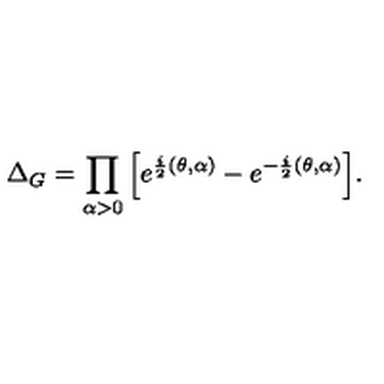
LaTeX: \Delta _ { G } = \prod _ { \alpha > 0 } \Big [ e ^ { \frac { i } { 2 } ( \theta , \alpha ) } - e ^ { - \frac { i } { 2 } ( \theta , \alpha ) } \Big ] .